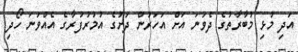
އަދި މުޅި މުބާރާތުގެ ދެވަނަ އަށް އަހަރުން ދަށުގެ އުމުރުފުރާގެ އެއްވަނަ ހޯދި